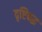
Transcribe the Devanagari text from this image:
दृष्टिबद्ध